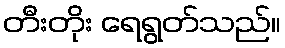
တီးတိုး ရေရွတ်သည်။